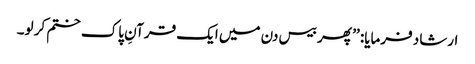
ارشاد فرمایا: ’’ پھر بیس دن میں ایک قرآنِ پاک ختم کر لو۔